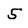
Character: 5